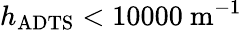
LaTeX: h_{\mathrm{ADTS}}<10000\ \mathrm{m}^{-1}